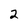
Character: 2